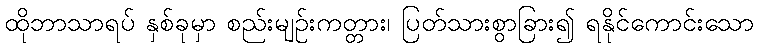
ထိုဘာသာရပ် နှစ်ခုမှာ စည်းမျဉ်းကတ္တား၊ ပြတ်သားစွာခြား၍ ရနိုင်ကောင်းသော